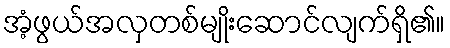
အံ့ဖွယ်အလှတစ်မျိုးဆောင်လျက်ရှိ၏။